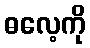
ဓလေ့ကို